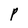
Character: P